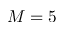
M = 5